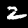
Label: 2